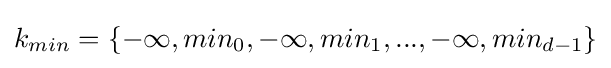
k_{min}=\{-\infty ,min_{0},-\infty ,min_{1},...,-\infty ,min_{d-1}\}